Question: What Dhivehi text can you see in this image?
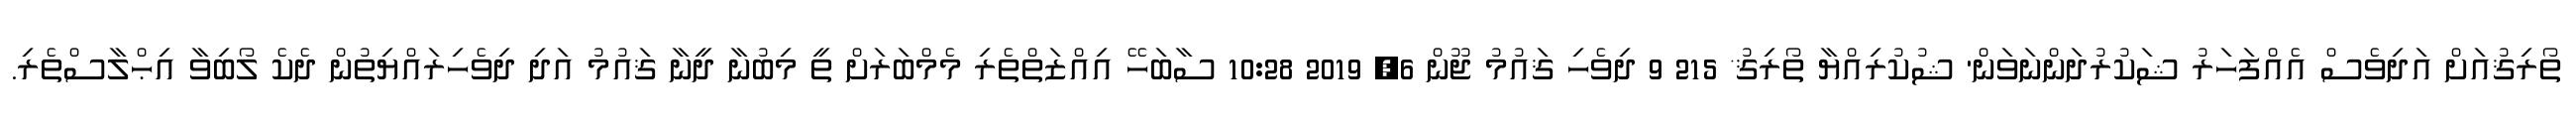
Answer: ތޯރިޤުއަށް އަދިވެސް އެއްފަހަރު ޝަކުރުދަންނަވަން' ޝުކުރިއްޔާ ތޯރިޤު* 215 9 ދިވެހި ޤައުމު ޖޫން 6, 2019 10:28 ސާބަހޭ އިއްޒަތްތެރި މެމްބަރަށް ތީ މިބުނާ ދީނާ ޤައުމު އަދި ދިވެހިރައްޔިތުން ދެކެ ލޯބިވާ އިޙްލާސްތެރި.